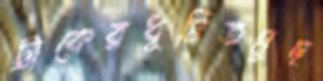
ট্রাকেরধূমিতমুছ